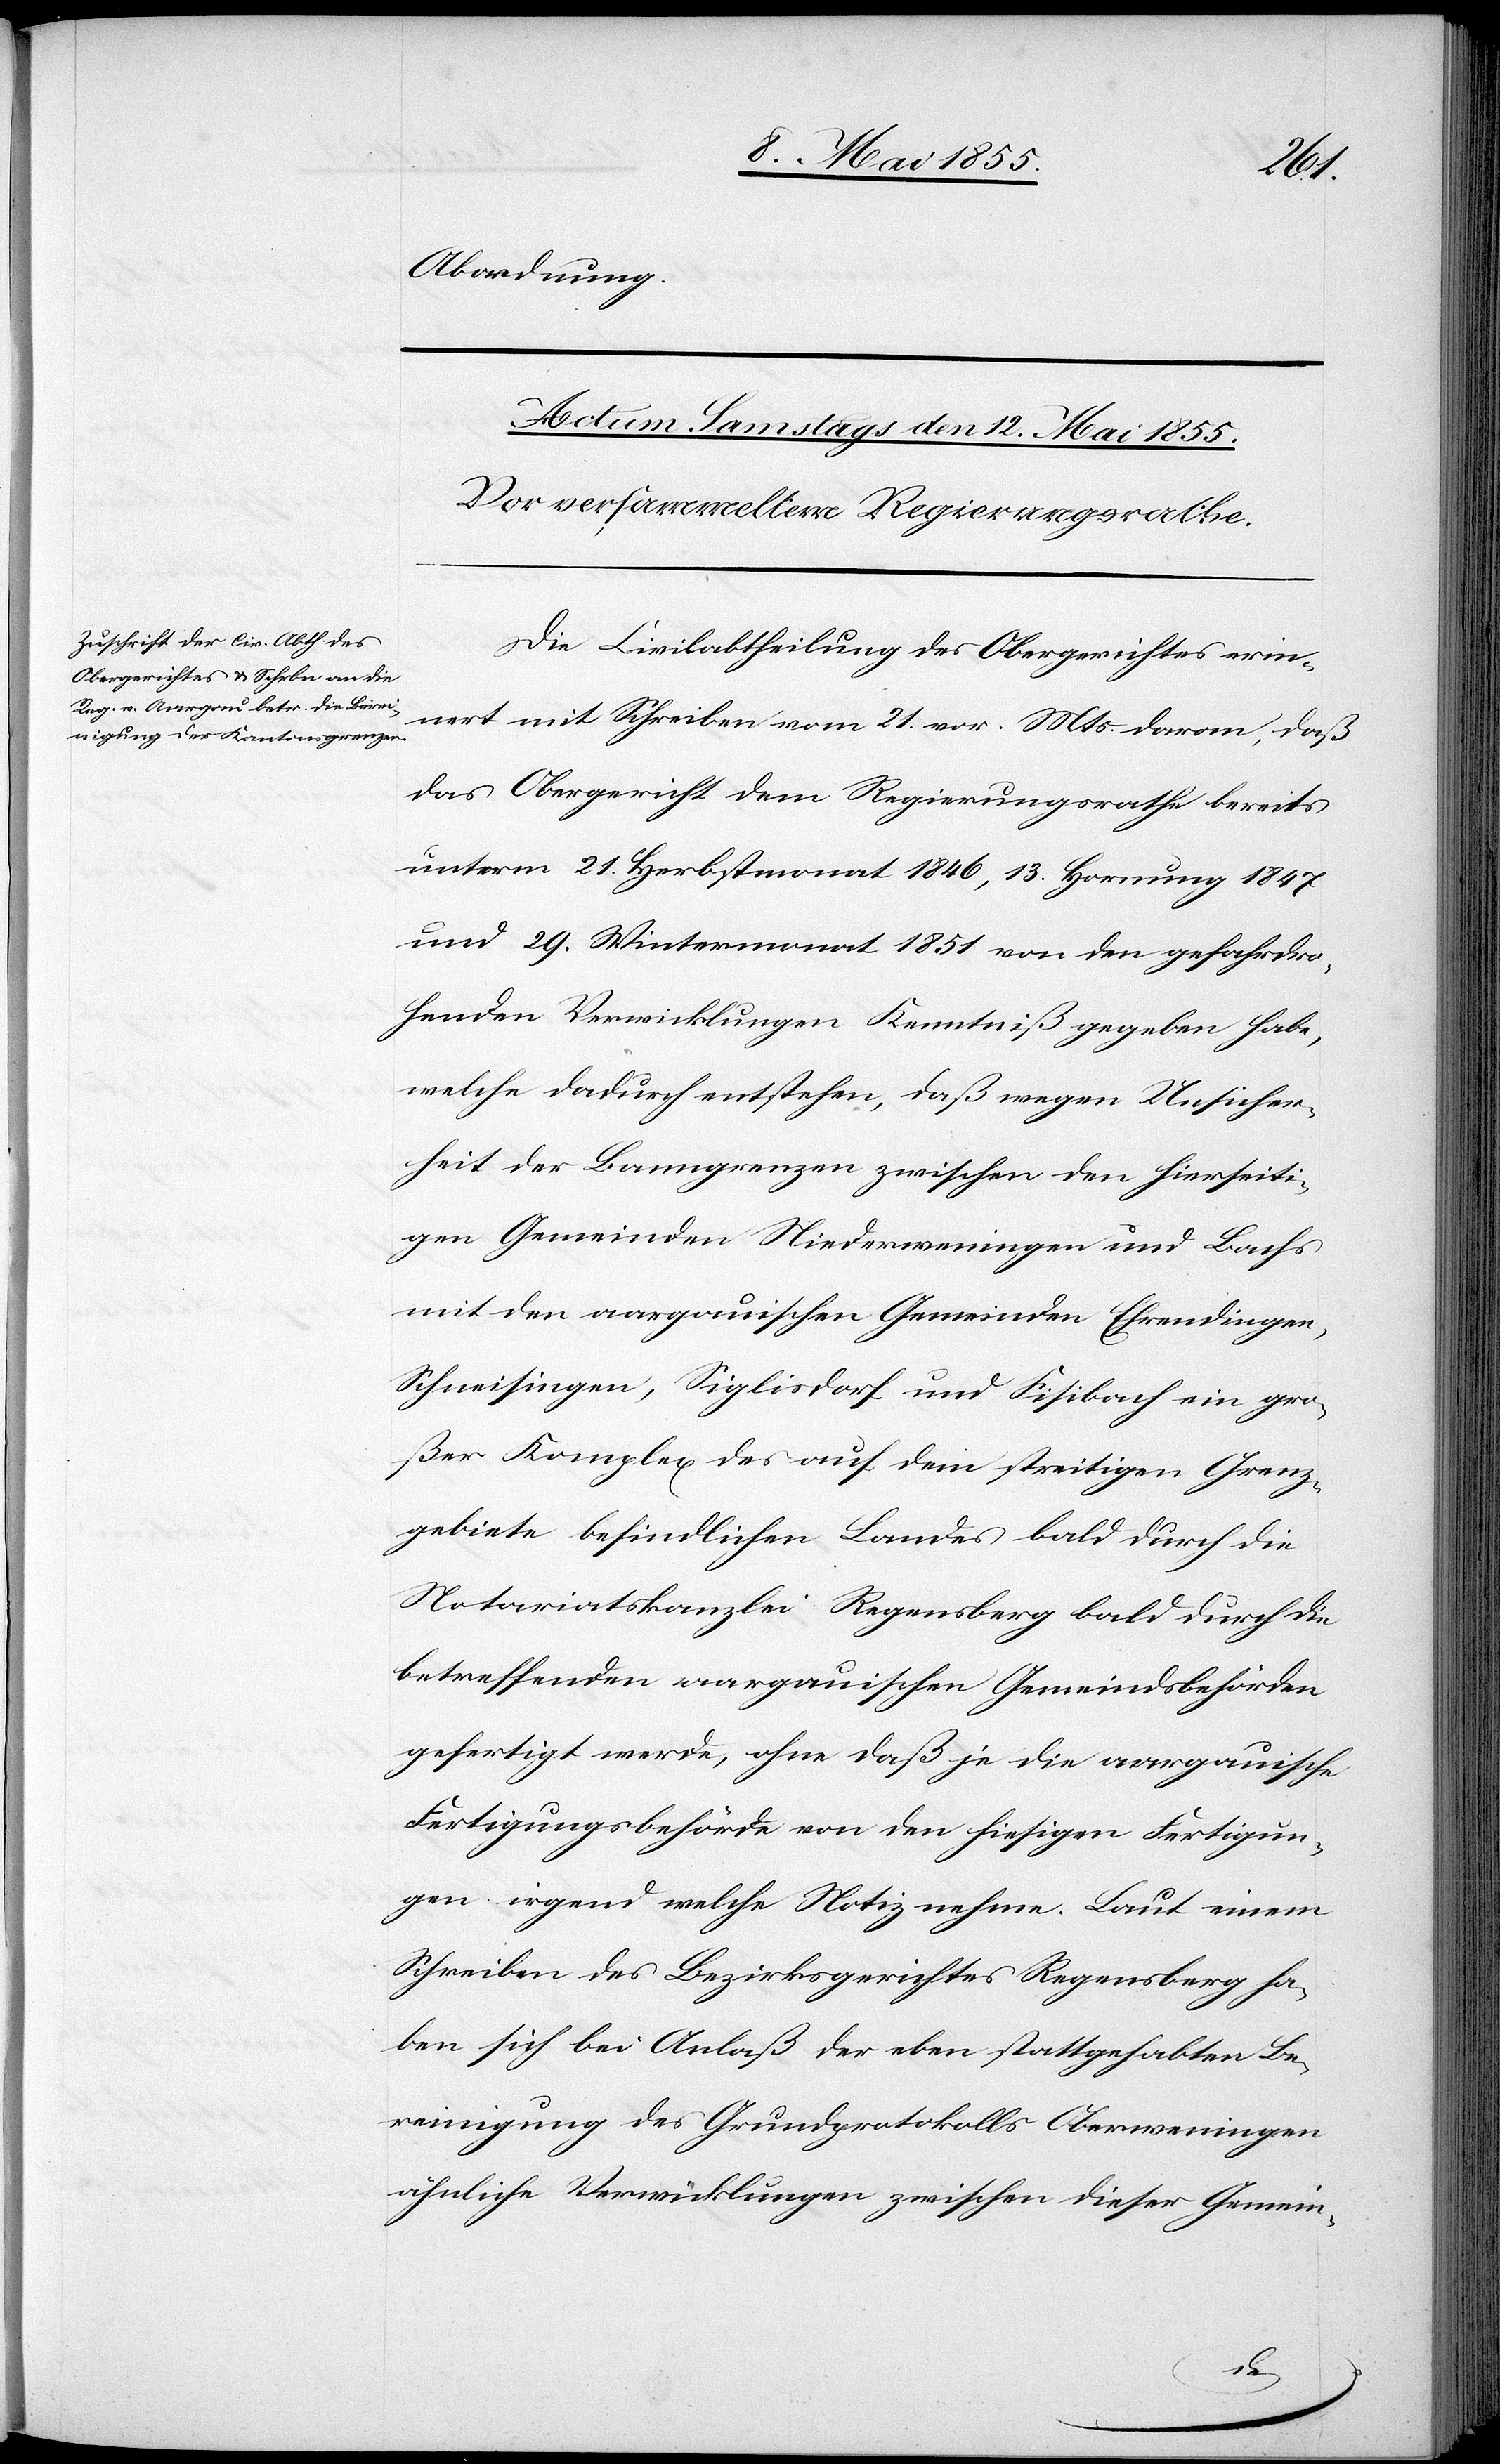
Abordnung.
Die Civilabtheilung des Obergerichtes erin¬
nert mit Schreiben vom 21. vor. Mts. daran, daß
das Obergericht dem Regierungsrathe bereits
unterm 21. Herbstmonat 1846, 13. Hornung 1847
und 29. Wintermonat 1851 von den gefahrdro¬
henden Verwicklungen Kenntniß gegeben habe,
welche dadurch entstehen, daß wegen Unsicher¬
heit der Banngrenzen zwischen den hierseiti¬
gen Gemeinden Niederweningen und Bachs
mit den aargauischen Gemeinden Ehrendingen,
Schneisingen, Siglisdorf und Fisibach ein gro¬
ßer Komplex des auf dem streitigen Grenz¬
gebiete befindlichen Landes bald durch die
Notariatskanzlei Regensberg bald durch die
betreffenden aargauischen Gemeindsbehörden
gefertigt werde, ohne daß je die aargauische
Fertigungsbehörde von den hiesigen Fertigun¬
gen irgend welche Notiz nehme. Laut einem
Schreiben des Bezirksgerichtes Regensberg ha¬
ben sich bei Anlaß der eben stattgehabten Be¬
reinigung des Grundprotokolls Oberweningen
ähnliche Verwicklungen zwischen dieser Gemein-